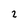
Character: 2